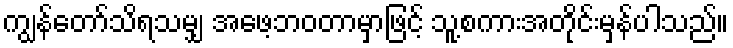
ကျွန်တော်သိရသမျှ အဖေ့ဘဝတာမှာဖြင့် သူ့စကားအတိုင်းမှန်ပါသည်။